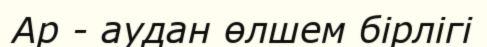
Ар - аудан өлшем бірлігі